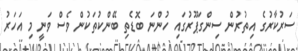
ސަރުކާރުގެ އިތުރުން ސިންގަޕޫރުގައި ހުންނަ ބޮޑެތި ބޭންކުތަކުން ވެސް ވަނީ މި އަހަރު